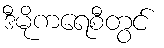
ဒီမိုကရေစီတွင်